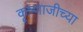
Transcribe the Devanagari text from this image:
कृष्णाजीच्या